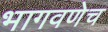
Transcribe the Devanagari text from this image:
भागवणेच